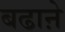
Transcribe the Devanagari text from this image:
बढाऩे